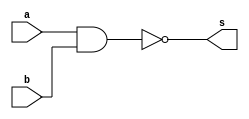
//Nome:Andr Lucas Ribeiro Costa
//Matrcula: 666400
//Para uma melhor visualizao utillizar tab de espaamento 3

module nandModule(input a,input b,output s);
	nand nandA(s,a,b);
endmodule //nandModule

module norModule(input a,input b,output s);
	nor norA(s,a,b);
endmodule //norModule

module orComNand(input a,input b,output s);
	wire not_a;
	wire not_b;
	nandModule moduloNotA1(a,a,not_a);
	nandModule moduloNotA2(b,b,not_b);
	nandModule moduloNand(not_a,not_b,s);
endmodule //orComNand

module andComNand(input a,input b,output s);
	wire nandA;
	nandModule moduloNand(a,b,nandA);
	nandModule moduloNot(nandA,nandA,s);
endmodule //andComNand

module orComNor(input a,input b, output s);
	wire norA;
	norModule moduleNor(a,b,norA);
	norModule moduleNot(norA,norA,s);
endmodule //orComNor	

module andComNor(input a,input b,output s);
	wire not_a;
	wire not_b;
	norModule moduleNot1(a,a,not_a);
	norModule moduleNot2(b,b,not_b);
	norModule moduleResposta(not_a,not_b,s);
endmodule //andComNor

module notComNand(input a,output s);
	nandModule moduleNot(a,a,s);
endmodule //notComNand

module notComNor(input a,output s);
	norModule moduleNot(a,a,s);
endmodule //notComNor

module xorComNand(input a,input b,output s);
	wire notA,notB,andA,andB;
	notComNand not_A1(a,notA);
	notComNand not_A2(b,notB);
	andComNand and_A1(notA,b,andA);
	andComNand and_A2(a,notB,andB);
	orComNand orSolution(andA,andB,s);
endmodule //xorComNand

module xnorComNor(input a,input b,output s);
	wire notA,notB,andA,andB,orA;
	notComNor notA1(a,notA);
	notComNor notA2(b,notB);
	andComNor andA1(notA,b,andA);
	andComNor andA2(a,notB,andB);
	orComNor orA1(andA,andB,orA);
	notComNor notSolution(orA,s);
endmodule //xnorComNor

module testeOrComNand;
//=========================================================================================================================================
//Definio de dados:
	reg x;
	reg y;
	wire orNand,orNor,andNand,andNor,xorNand,xnorNor;
	orComNand module1(x,y,orNand);
	orComNor module2(x,y,orNor);
	andComNand module3(x,y,andNand);
	andComNor module4(x,y,andNor);
	xorComNand module5(x,y,xorNand);
	xnorComNor module6(x,y,xnorNor);
//Fim da definio de dados.
//=========================================================================================================================================
//Main:

initial
begin : teste_0502
	$display("Exemplo_0502 - x,y,z");
	$display("Teste de modulo");
	$display("	x	y	a");
	$monitor("%4b %4b %4b",x,y,orNand);
	x = 1'b0; y = 1'b0;
#1 x = 1'b0; y = 1'b1;
#1 x = 1'b1; y = 1'b0;
#1 x = 1'b1; y = 1'b1;
end
/*
initial
begin : teste_0503
   $display("Exemplo_0503 - x,y,z");
   $display("Teste de modulo");
   $display("  x  y  a");
   $monitor("%4b %4b %4b",x,y,andNor);
   x = 1'b0; y = 1'b0;
#1 x = 1'b0; y = 1'b1;
#1 x = 1'b1; y = 1'b0;
#1 x = 1'b1; y = 1'b1;
end*/
/*
initial
begin : teste_0504
   $display("Exemplo_0504 - x,y,z");
   $display("Teste de modulo");
   $display("  x  y  a");
   $monitor("%4b %4b %4b",x,y,andNand);
   x = 1'b0; y = 1'b0;
#1 x = 1'b0; y = 1'b1;
#1 x = 1'b1; y = 1'b0;
#1 x = 1'b1; y = 1'b1;
end*/
/*
initial
begin : teste_0505
   $display("Exemplo_0505 - x,y,z");
   $display("Teste de modulo");
   $display("  x  y  a");
   $monitor("%4b %4b %4b",x,y,orNor);
   x = 1'b0; y = 1'b0;
#1 x = 1'b0; y = 1'b1;
#1 x = 1'b1; y = 1'b0;
#1 x = 1'b1; y = 1'b1;
end*/
/*
initial
begin : teste_0506
   $display("Exemplo_0506 - x,y,z");
   $display("Teste de modulo");
   $display("  x  y  a");
   $monitor("%4b %4b %4b",x,y,xorNand);
   x = 1'b0; y = 1'b0;
#1 x = 1'b0; y = 1'b1;
#1 x = 1'b1; y = 1'b0;
#1 x = 1'b1; y = 1'b1;
end*/
/*
initial
begin : teste_0507
   $display("Exemplo_0507 - x,y,z");
   $display("Teste de modulo");
   $display("  x  y  a");
   $monitor("%4b %4b %4b",x,y,xnorNor);
   x = 1'b0; y = 1'b0;
#1 x = 1'b0; y = 1'b1;
#1 x = 1'b1; y = 1'b0;
#1 x = 1'b1; y = 1'b1;
end*/
endmodule
//Fim da main.
//=========================================================================================================================================